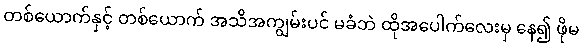
တစ်ယောက်နှင့် တစ်ယောက် အသိအကျွမ်းပင် မခံဘဲ ထိုအပေါက်လေးမှ နေ၍ ဖိုမ